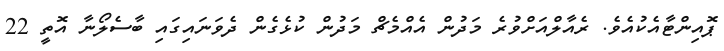
ޕޮއިންޓާއެކުއެވެ. ރެއާލްއަށްވުރެ މަދުން އެއްމެޗް މަދުން ކުޅެގެން ދެވަނައިގައި ބާސެލޯނާ އޮތީ 22